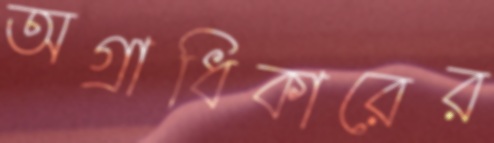
অগ্রাধিকারের